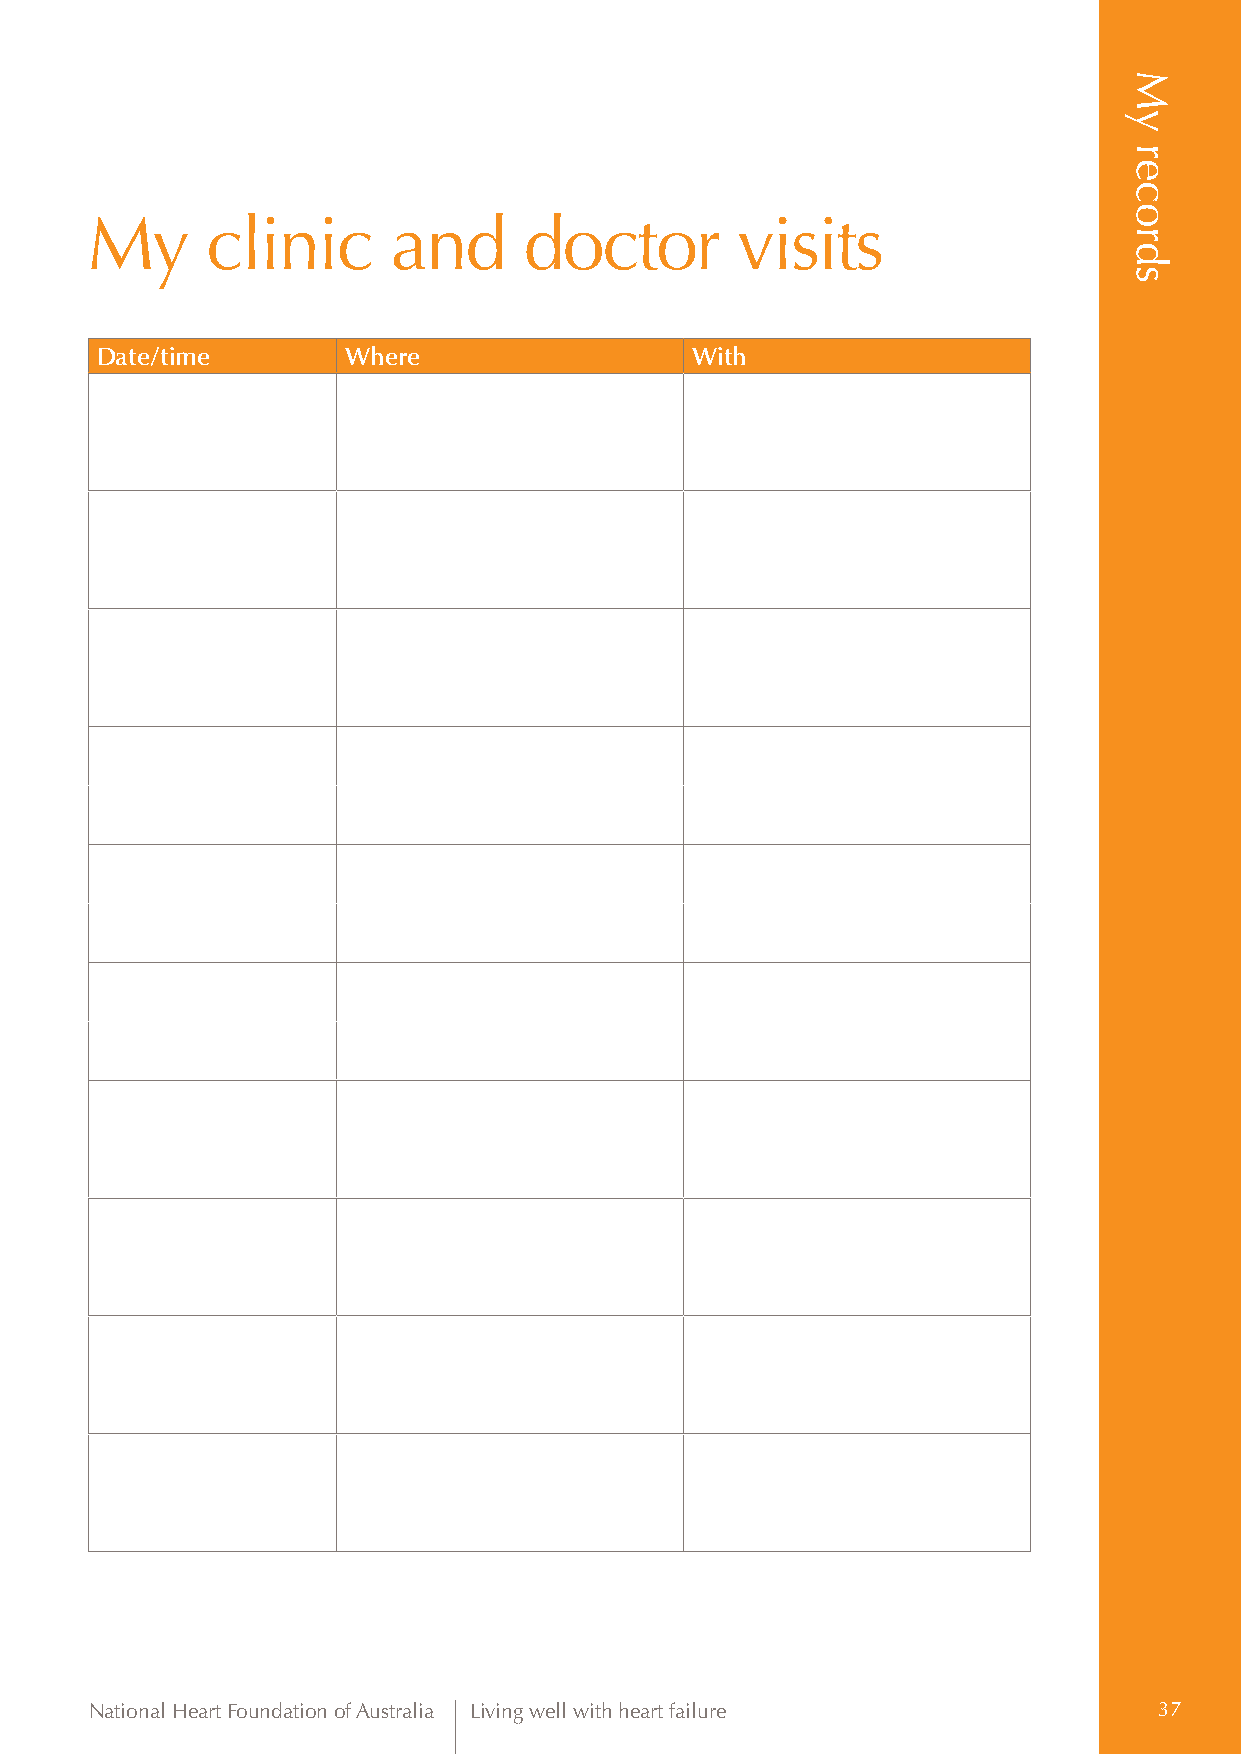
My      clinic      and      doctor        visits
 Date/time        Where                  With
 National Heart Foundation of Australia Living well with heart failure  37
 My
 records